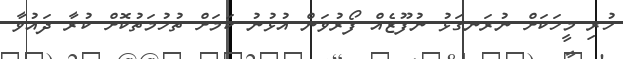
ހުރި މީހަކަށް ނުރަނގަޅު ނުފޫޒެއް ފޯރުވަން އުޅުނު ކަމަށް ތުހުމަތުކޮށް ކުރާ ދައުވާ